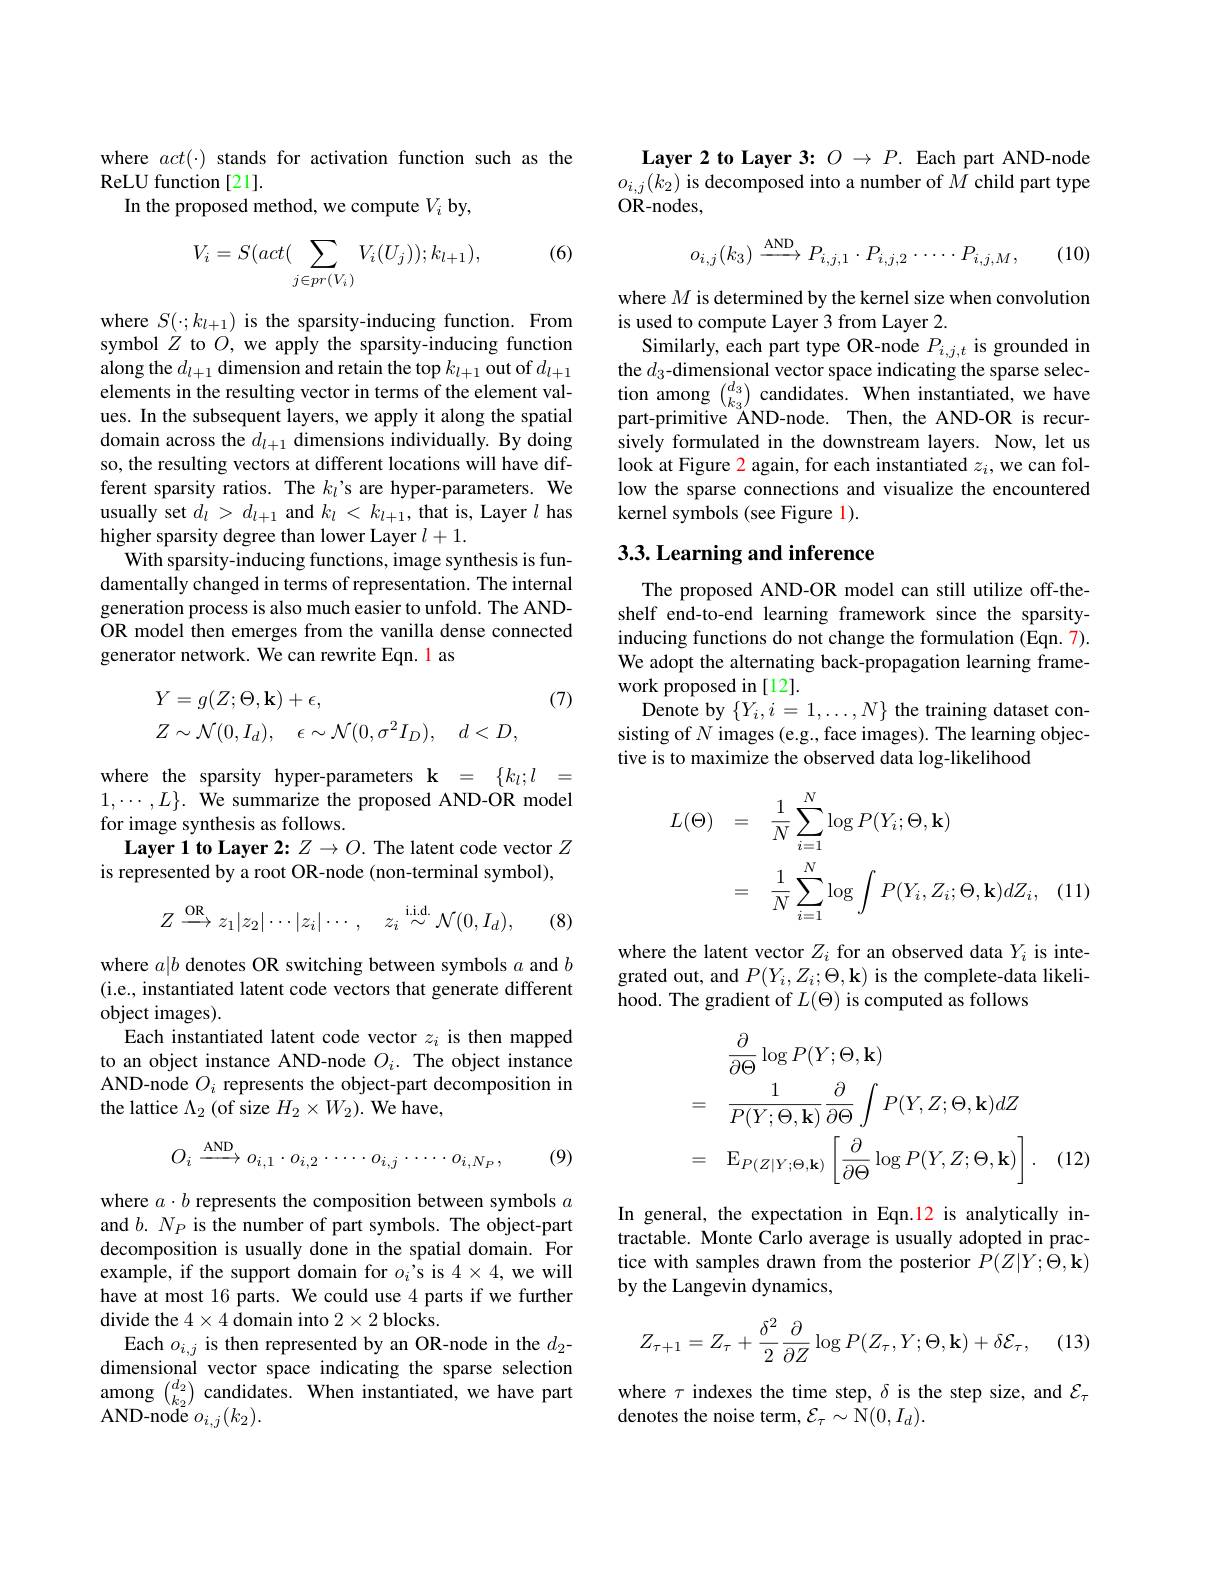
where $act(\cdot)$ stands for activation function such as the
ReLU function[21].
In the proposed method, we compute $V_i$ by,

(6)
$$V_i=S(act(\sum_{j\in pr(V_i)}V_i(U_j));k_{l+1}),$$
where $S(\cdot;k_{l+1})$ is the sparsity-inducing function. From symbol $Z$ to $O$, we apply the sparsity-inducing function along the $d_l+1$ dimension and retain the top $k_l+1$ out of $d_l+1$ elements in the resulting vector in terms of the element values. In the subsequent layers, we apply it along the spatial domain across the $d_l+1$ dimensions individually. By doing so, the resulting vectors at different locations will have different sparsity ratios. The $k_l$'s are hyper-parameters. We usually set $d_l>d_{l+1}$ and $k_l<k_l+1$, that is, Layer $l$ has higher sparsity degree than lower Layer $l+1.$
With sparsity-inducing functions, image synthesis is fundamentally changed in terms of representation. The internal generation process is also much easier to unfold. The ANDOR model then emerges from the vanilla dense connected generator network. We can rewrite Eqn. l as

(7)
$$\begin{aligned}&Y=g(Z;\Theta,\mathbf{k})+\epsilon,\\&Z\sim\mathcal{N}(0,I_{d}),\quad\epsilon\sim\mathcal{N}(0,\sigma^{2}I_{D}),\quad d<D,\end{aligned}$$
where the sparsity hyper-parameters k = $\{ k_l; l$ = $1,\cdots,L\}.$ We summarize the proposed AND-OR model for image synthesis as follows.
Layer 1 to Layer 2: $Z\to O.$ The latent code vector $Z$
is represented by a root OR-node (non-terminal symbol),
$$Z\stackrel{\text{OR}}{\longrightarrow}z_{1}|z_{2}|\cdots|z_{i}|\cdots,\quad z_{i}\stackrel{\text{i.i.d.}}{\sim}\mathcal{N}(0,I_{d}),$$
(8)

where $a|b$ denotes OR switching between symbols $a$ and $b$ (i.e., instantiated latent code vectors that generate different object images).
Each instantiated latent code vector $z_i$ is then mapped to an object instance AND-node $O_i.$ The object instance AND-node $O_i$ represents the object-part decomposition in the lattice $\Lambda_2$ (of size $H_2\times W_2).$ We have,
$$O_{i}\stackrel{\mathrm{AND}}{\longrightarrow}o_{i,1}\cdot o_{i,2}\cdot\cdots\cdot o_{i,j}\cdot\cdots\cdot o_{i,N_{P}},$$
(9)

where $a\cdot b$ represents the composition between symbols $a$ and $b.N_P$ is the number of part symbols. The object-part decomposition is usually done in the spatial domain. For example, if the support domain for $o_i’$s is 4$\times4$,we will have at most 16 parts. We could use 4 parts if we further divide the $4\times4$ domain into $2\times2$ blocks.
Each $o_{i,j}$ is then represented by an OR-node in the $d_{2}$- dimensional vector space indicating the sparse selection among $\binom{d_2}{k_2}$ candidates. When instantiated, we have part ${\mathrm{AND-node~}}o_{i,j}(k_{2}).$

Layer 2 to Layer 3: $O\to P.$ Each part AND-node $o_{i,j}(k_{2})$ is decomposed into a number of $M$ child part type OR- nodes,

(10)
$$o_{i,j}(k_{3})\stackrel{\text{AND}}{\longrightarrow}P_{i,j,1}\cdot P_{i,j,2}\cdot\cdots\cdot P_{i,j,M},$$
where $M$ is determined by the kernel size when convolution
is used to compute Layer 3 from Layer 2.
Similarly, each part type OR-node $P_{i,j,t}$ is grounded in the $d_3$-dimensional vector space indicating the sparse selection among $\binom{d_3}{k_3}$ candidates. When instantiated, we have part-primitive ÅND-node. Then, the AND-OR is recursively formulated in the downstream layers. Now, let us look at Figure 2 again, for each instantiated $z_i$, we can follow the sparse connections and visualize the encountered kernel symbols (see Figure 1).

## 3.3. Learning and inference

The proposed AND-OR model can still utilize off-theshelf end-to-end learning framework since the sparsityinducing functions do not change the formulation (Eqn. 7). We adopt the alternating back-propagation learning framework proposed in[12].
Denote by $\{Y_i,i=1,\ldots,N\}$ the training dataset consisting of $N$ images (e.g., face images). The learning objective is to maximize the observed data log-likelihood
$$\begin{aligned}L(\Theta)&=\quad\frac{1}{N}\sum_{i=1}^{N}\log P(Y_{i};\Theta,\mathbf{k})\\&=\quad\frac{1}{N}\sum_{i=1}^{N}\log\int P(Y_{i},Z_{i};\Theta,\mathbf{k})dZ_{i},\end{aligned}$$
where the latent vector $Z_i$ for an observed data $Y_i$ is integrated out, and $P(Y_i,Z_i;\Theta,\mathbf{k})$ is the complete-data likelihood. The gradient of $L(\Theta)$ is computed as follows
$$\begin{aligned}&\frac{\partial}{\partial\Theta}\log P(Y;\Theta,\mathbf{k})\\&=\quad\frac{1}{P(Y;\Theta,\mathbf{k})}\frac{\partial}{\partial\Theta}\int P(Y,Z;\Theta,\mathbf{k})dZ\\&=\quad\operatorname{E}_{P(Z|Y;\Theta,\mathbf{k})}\left[\frac{\partial}{\partial\Theta}\log P(Y,Z;\Theta,\mathbf{k})\right].\end{aligned}$$
(12)

In general, the expectation in Eqn.12 is analytically intractable. Monte Carlo average is usually adopted in practice with samples drawn from the posterior $P(Z|Y;\Theta,\mathbf{k})$ by the Langevin dynamics,

(13)
$$Z_{\tau+1}=Z_{\tau}+\frac{\delta^{2}}{2}\frac{\partial}{\partial Z}\log P(Z_{\tau},Y;\Theta,\mathbf{k})+\delta\mathcal{E}_{\tau},$$
where $\tau$ indexes the time step, $\delta$ is the step size, and $\mathcal{E}_\tau$
denotes the noise term, $\mathcal{E}_\tau\sim$N$(0,I_d).$